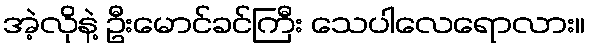
အဲ့လိုနဲ့ ဦးမောင်ခင်ကြီး သေပါလေရောလား။